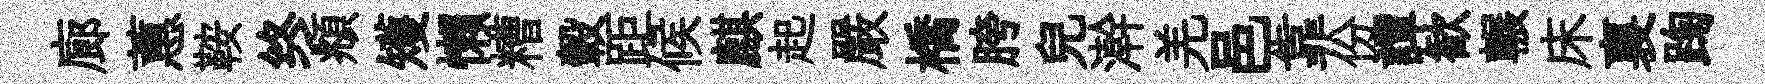
廊蕙鞍终頫矱懒糟轂距候麒起嚴橋胯兒澣羌邑靠份譚歓輾床裏踘